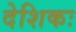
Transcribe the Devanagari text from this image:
देशिकः